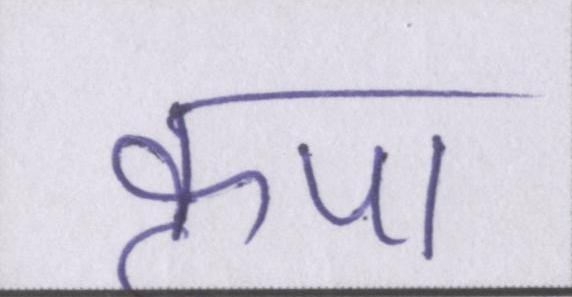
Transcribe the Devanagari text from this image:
कृपा